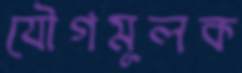
যৌগমূলক